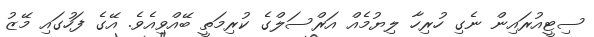
ސިޓީއުރައިން ނެގި ހުރިހާ ލިޔުމެއް އަރްސަލްގެ ކުރިމަތީ ބޭއްވިއެވެ. އޭގެ ފަހުގައި މޭޒު